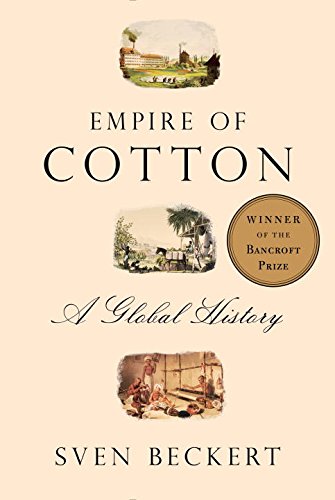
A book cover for Empire of Cotton: A Global History; Sven Beckert; Science & Math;